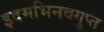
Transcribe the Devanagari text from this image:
इदमभिनवगुप्त